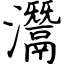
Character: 灊